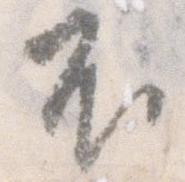
不